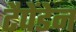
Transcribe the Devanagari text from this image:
टैपेंडेन